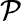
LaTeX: {\cal P}